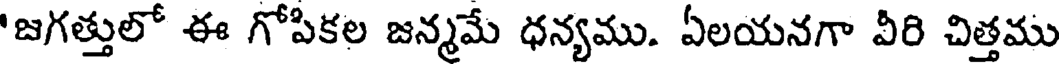
'జగత్తులో ఈ గోపికల జన్మమే ధన్యము. ఏలయనగా వీరి చిత్తము